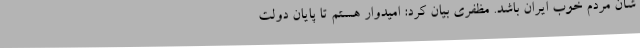
شأن مردم خوب ایران باشد. مظفری بیان کرد: امیدوار هستم تا پایان دولت